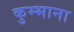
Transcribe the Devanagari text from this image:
कुम्भाना